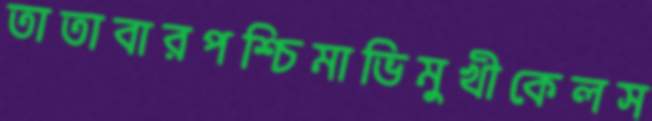
তাতাবারপশ্চিমাভিমুখীকেলস